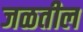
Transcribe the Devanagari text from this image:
जळतील